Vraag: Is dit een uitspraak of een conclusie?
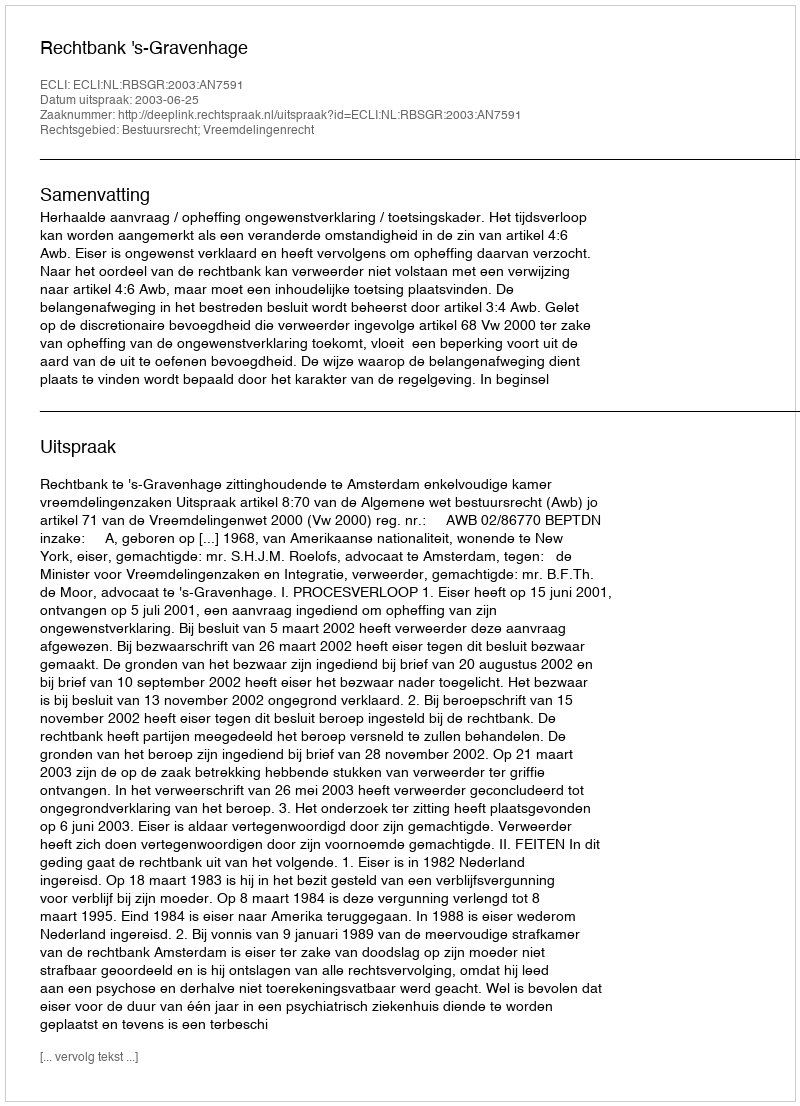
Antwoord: Uitspraak